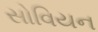
સોવિયન